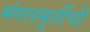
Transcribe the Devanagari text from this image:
मंगलमूर्तीची